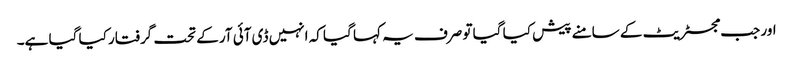
اور جب مجسٹریٹ کے سامنے پیش کیا گیا تو صرف یہ کہا گیا کہ انہیں ڈی آئی آر کے تحت گرفتار کیا گیا ہے۔